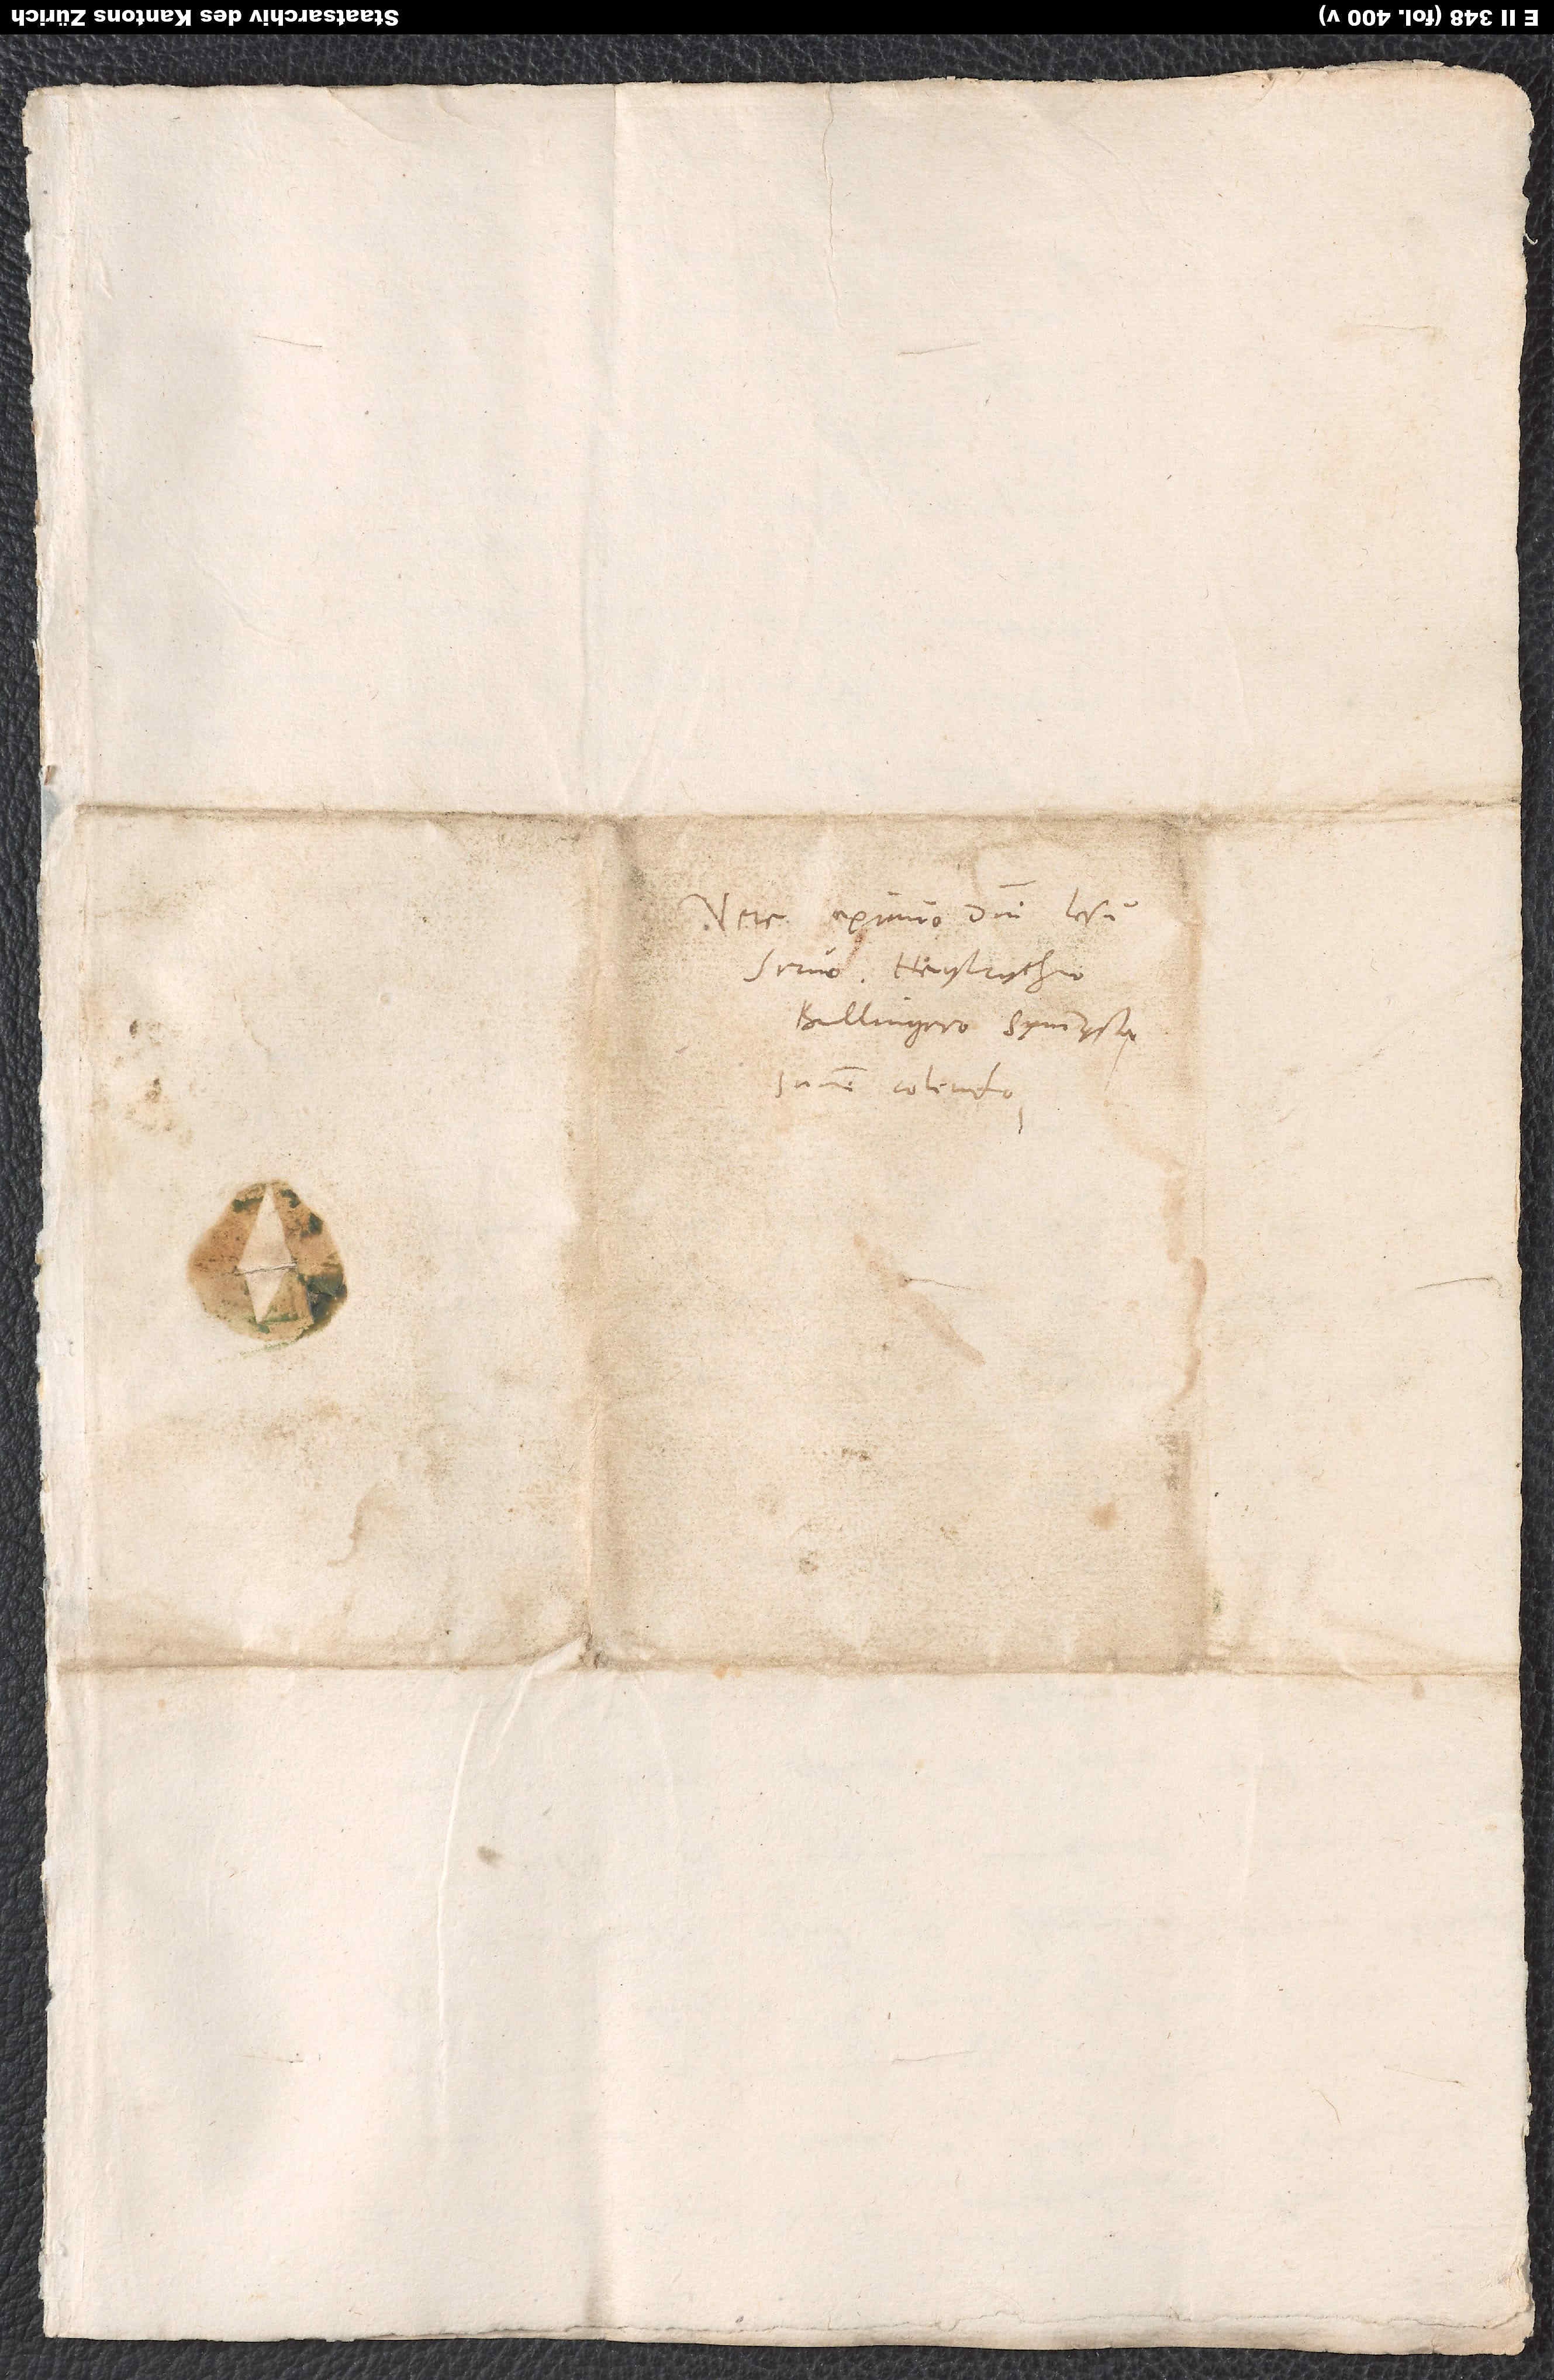
Vere eximio domini Iesu
servo Heylrycho
Bullingero, symmystae
summe colendo.